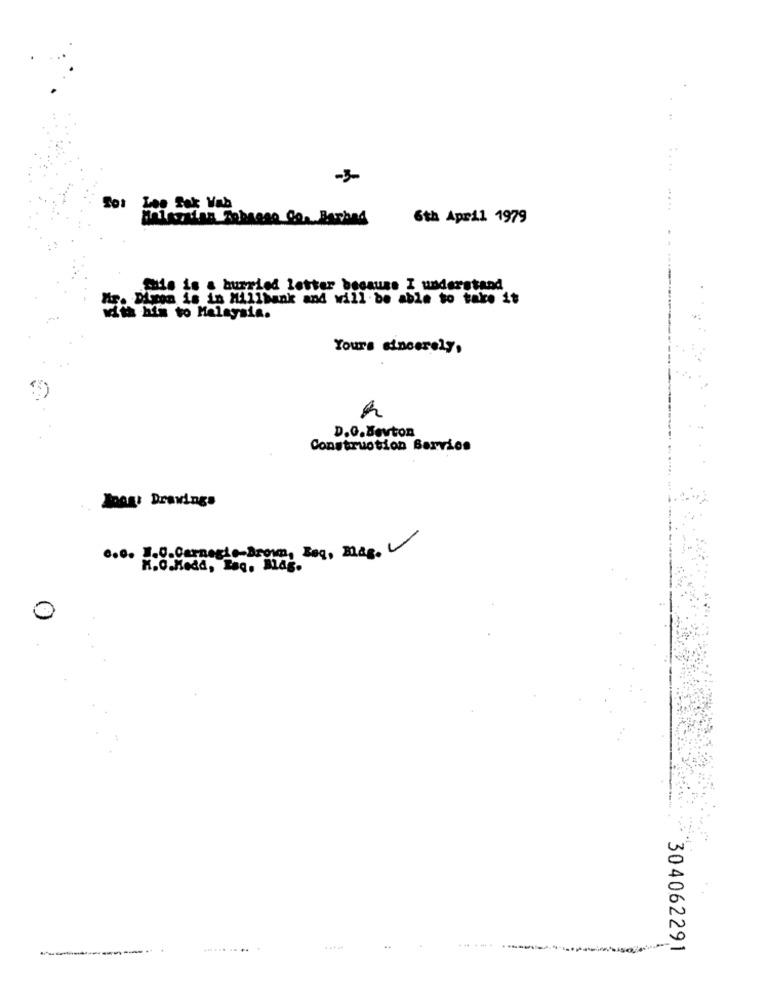
Lee Sak Vab
Belegning Aobrase Con Barbad
6th April 1979
Gis is a burried letter because I understand
Mir. Dimon is in Millbank and will be able to take it
with him to Malaysia.
Yours sincerely,
D.G.Bevton
Construction Barrios
loog: Drawings
6.0. I.V.Carnegie-Brown, Boq, Mas.
K.O.Medd, Esq. Mas.
.....
..
304062291